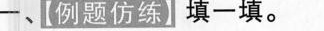
一【例题仿练】填一填。